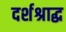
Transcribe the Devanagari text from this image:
दर्शश्राद्ध